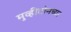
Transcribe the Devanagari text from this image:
मुव्हीटोनच्या